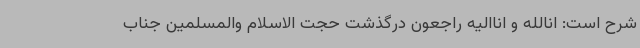
شرح است: انالله و اناالیه راجعون درگذشت حجت الاسلام والمسلمین جناب